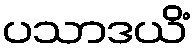
ပသာဒယိံ